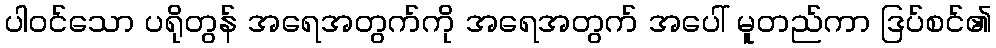
ပါဝင်သော ပရိုတွန် အရေအတွက်ကို အရေအတွက် အပေါ် မူတည်ကာ ဒြပ်စင်၏